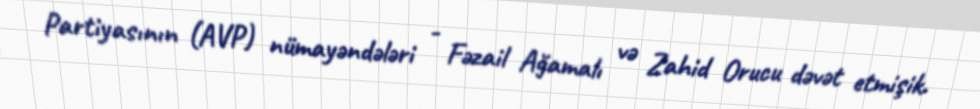
Partiyasının (AVP) nümayəndələri - Fəzail Ağamalı və Zahid Orucu dəvət etmişik.